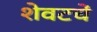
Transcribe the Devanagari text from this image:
शेवटचें